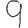
Digit: 9